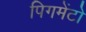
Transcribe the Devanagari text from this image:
पिगमेंटो